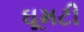
ઘૂમટી